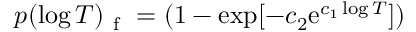
p ( \log T ) _ { \mathrm { ~ f ~ } } = ( 1 - \exp [ - c _ { 2 } \mathrm { e } ^ { c _ { 1 } \log T } ] )